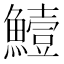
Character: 𩻭